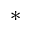
^ *